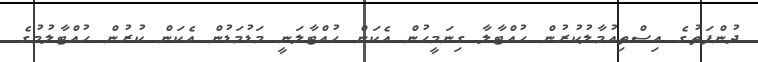
ދުންފަތުގެ އިސްތިއުމާލުކުރުން ހުއްޓާލާ ގިނަމީހުން އެކަން ހުއްޓާލަނީ މަޑުމަޑުން އެކަން ކުރުން ހުއްޓާލުމުގެ